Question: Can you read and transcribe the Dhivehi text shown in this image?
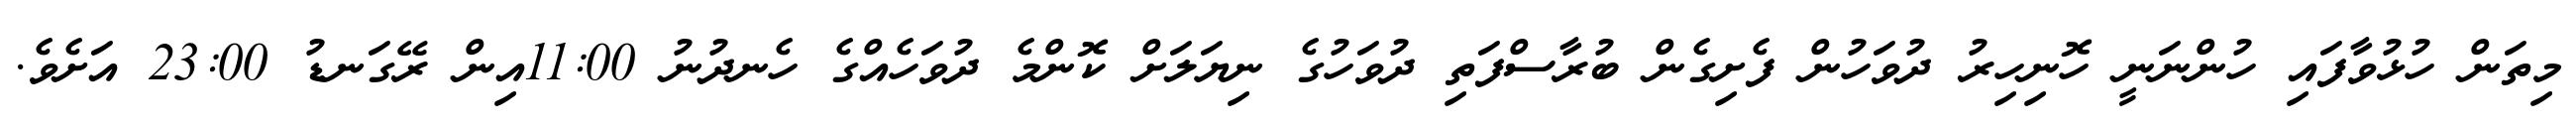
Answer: މިތަން ހުޅުވާފައި ހުންނަނީ ހޮނިހިރު ދުވަހުން ފެށިގެން ބުރާސްފަތި ދުވަހުގެ ނިޔަލަށް ކޮންމެ ދުވަހެއްގެ ހެނދުނު 11:00އިން ރޭގަނޑު 23:00 އަށެވެ.